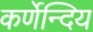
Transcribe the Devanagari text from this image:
कर्णेन्दिय